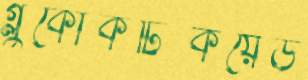
গ্লুকোকর্টিকয়েড